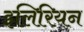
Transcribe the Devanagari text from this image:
इलिरियन